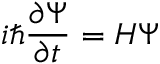
i \hbar { \frac { \partial \Psi } { \partial t } } = H \Psi